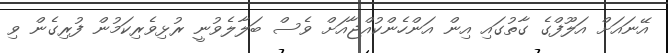
އޭނައަށް އަލޫފްގެ ގާތުގައި އިން އަންހެންކުއްޖާއަށް ވެސް ބަލާލެވުނީ ރުޅިވެރިކަމުން ފުރިގެން ވި